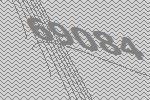
69084